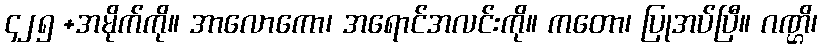
၄၂၅ +အမိုက်ကို။ အာလောကော၊ အရောင်အလင်းကို။ ကတော၊ ပြုအပ်ပြီ။ ဂဏ္ဌိ၊